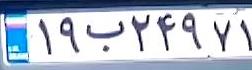
۱۹ب۲۴۹۷۱